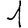
Digit: 1